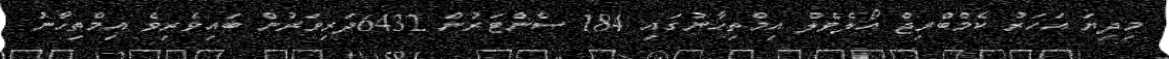
މިދިޔަ އަހަރު ކެމްބްރިޖް އޯލެވެލް އިމްތިހާނުގައި 184 ސެންޓަރުން 6432ދަރިވަރުން ބައިވެރިވެ އިމްތިހާނު